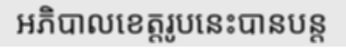
អភិបាលខេត្តរូបនេះបានបន្ត